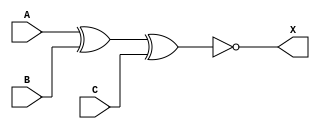
module xnorGate(A,B,C,X);

    input A,B,C;
    output X;

    // not (V,A);
    // not (W,B);
    // and (X,V,W);
    // and (Y,A,B);
    // or (Z,X,Y);
    assign X = ~(A ^ B ^ C);

endmodule

// XNOR TruthTable
// A B | Y
// 0 0 | 1
// 0 1 | 0
// 1 0 | 0
// 1 1 | 1

// X = A'B' + AB